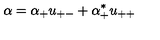
\alpha = \alpha _ { + } u _ { + - } + \alpha _ { + } ^ { * } u _ { + + }